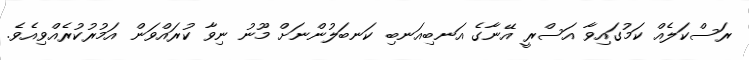
ރަސްކަލެއް ކަމުގައިވާ އަސްރީ އޭނާގެ އަނބިއަނބި ކަނބަލުންނަށް މޫނު ނިވާ ކުރައްވަން އަމުރުކުރެއްވިއެވެ.